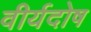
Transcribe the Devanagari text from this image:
वीर्यदोष